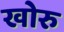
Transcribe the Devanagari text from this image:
खोरु